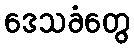
ဒေသခံတွေ